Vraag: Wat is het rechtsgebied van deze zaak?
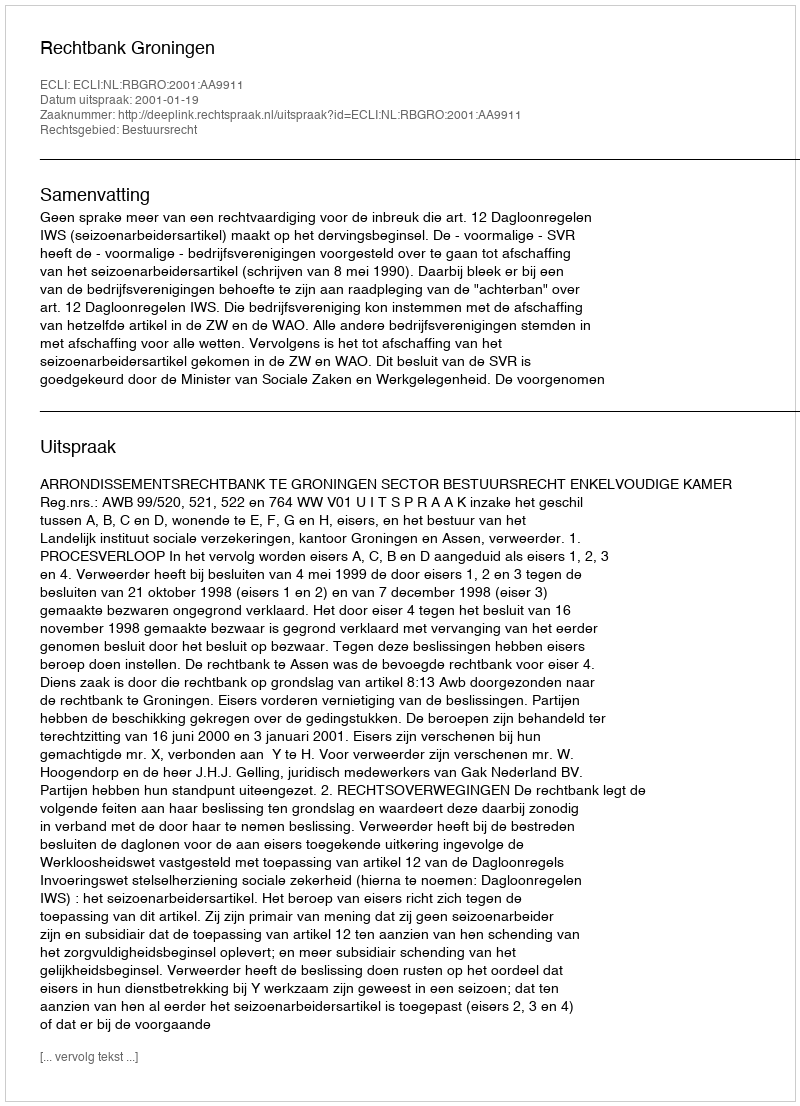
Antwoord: Bestuursrecht